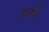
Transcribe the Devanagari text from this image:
अल्सी